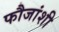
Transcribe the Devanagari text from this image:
फौजांशी